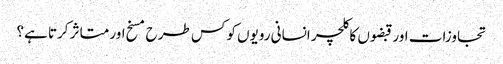
تجاوزات اور قبضوں کا کلچر انسانی رویوں کو کس طرح مسخ اور متاثر کرتا ہے؟